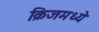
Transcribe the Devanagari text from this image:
क्रिजमध्ये